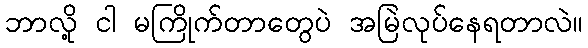
ဘာလို့ ငါ မကြိုက်တာတွေပဲ အမြဲလုပ်နေရတာလဲ။